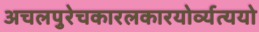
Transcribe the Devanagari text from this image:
अचलपुरेचकारलकारयोर्व्यत्ययो